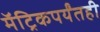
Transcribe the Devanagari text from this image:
मॅट्रिकपर्यंतही